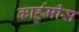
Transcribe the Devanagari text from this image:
कार्हुमीस